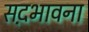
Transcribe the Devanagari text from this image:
सद़भावना